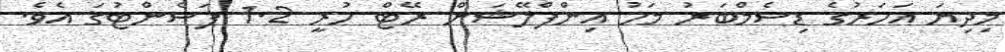
މިދިޔަ އަހަރުގެ ޑިސެމްބަރު މަހު އިންފްލޭޝަން ރޭޓް ހުރީ 1.2 ޕަސެންޓުގަ އެވެ.